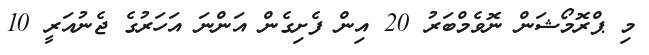
މި ޕްރޮމޯޝަން ނޮވެމްބަރު 20 އިން ފެށިގެން އަންނަ އަހަރުގެ ޖެނުއަރީ 10